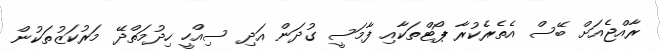
ރާއްޖެއަށް ބޭސް އެތެރެކުރާ ޕޯޓްތަކާއި ފާމަސީ ގުދަން އަދި ސިއްހީ ހިދުމަތްދޭ މަރުކަޒުތަކުން